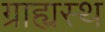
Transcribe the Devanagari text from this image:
ग्राह्यस्थ